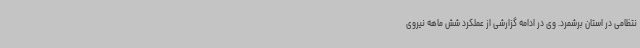
نتظامی در استان برشمرد. وی در ادامه گزارشی از عملکرد شش ماهه نیروی